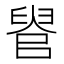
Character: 𦥳